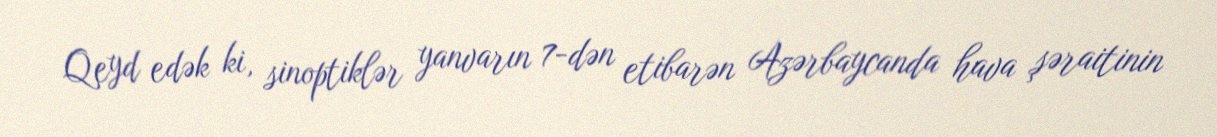
Qeyd edək ki, sinoptiklər yanvarın 7-dən etibarən Azərbaycanda hava şəraitinin